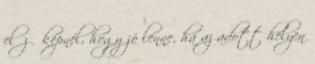
előző képnél, hogy jó lenne, ha az adott helyen